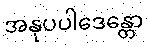
အနုပပါဒေန္တော